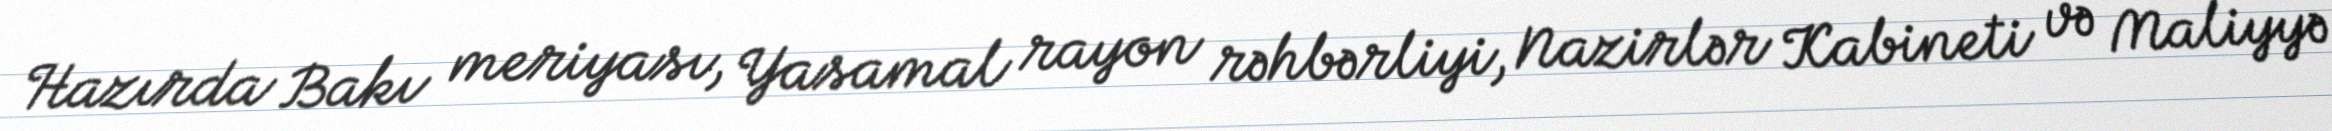
Hazırda Bakı meriyası, Yasamal rayon rəhbərliyi, Nazirlər Kabineti və Maliyyə